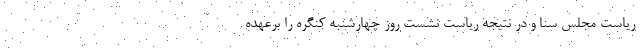
ریاست مجلس سنا و در نتیجه ریاست نشست روز چهارشنبه کنگره را برعهده